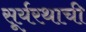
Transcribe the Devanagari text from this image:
सूर्यरथाची